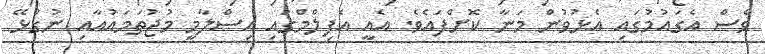
ވެސް އެގައުމުގައި އެޅުވުން މަނާ ކޮށްފައެވެ. އެއީ އެފިލްމްގައި އިސްލާމީ މުޖުތަމައުއާއި ނުގުޅޭ